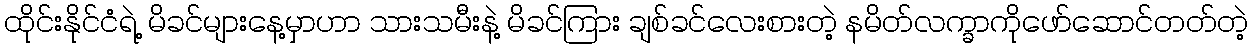
ထိုင်းနိုင်ငံရဲ့ မိခင်များနေ့မှာဟာ သားသမီးနဲ့ မိခင်ကြား ချစ်ခင်လေးစားတဲ့ နမိတ်လက္ခာကိုဖော်ဆောင်တတ်တဲ့